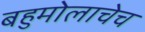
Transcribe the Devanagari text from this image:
बहुमोलाचेच